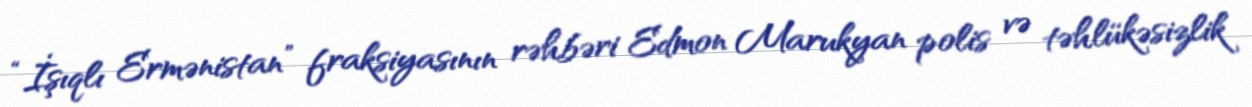
“İşıqlı Ermənistan” fraksiyasının rəhbəri Edmon Marukyan polis və təhlükəsizlik